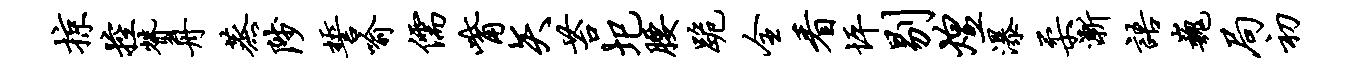
掠控赞舟蒸陟誓喻儒觜矢苔圯腰跪全看坪剔煌瀑柔渐语巍局初